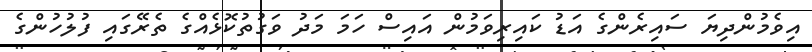
އިވެމުންދިޔަ ސައިރެންގެ އަޑު ކައިރިވަމުން އައިސް ހަމަ މަދު ވަގުތުކޮޅެއްގެ ތެރޭގައި ފުލުހުންގެ